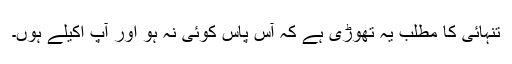
تنہائی کا مطلب یہ تھوڑی ہے کہ آس پاس کوئی نہ ہو اور آپ اکیلے ہوں۔